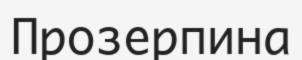
Прозерпина